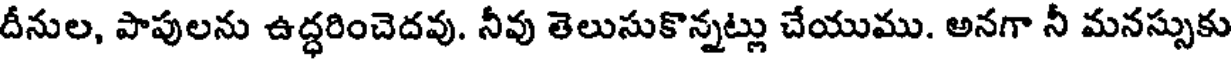
దీనుల, పాపులను ఉద్ధరించెదవు. నీవు తెలుసుకొన్నట్లు చేయుము. అనగా నీ మనస్సుకు